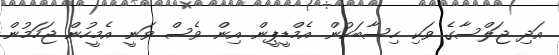
އަދި ޖަލްސާގެ ވަކި ހިސާބަކުން އެމްޑީޕީން އިން ވެސް ވަނީ އެމީހުން ޖަހަމުން